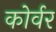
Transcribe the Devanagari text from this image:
कोर्वर